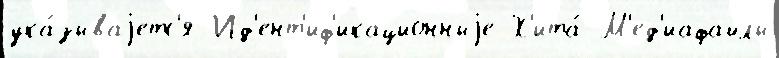
ука́зываjетс'я Ид'ент'иф'икационныjе Х'ита́ М'ед'иафайлы